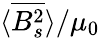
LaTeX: \langle\overline{{B_{s}^{2}}}\rangle/\mu_{0}